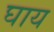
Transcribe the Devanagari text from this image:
घाय